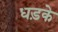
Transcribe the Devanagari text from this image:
धड़के